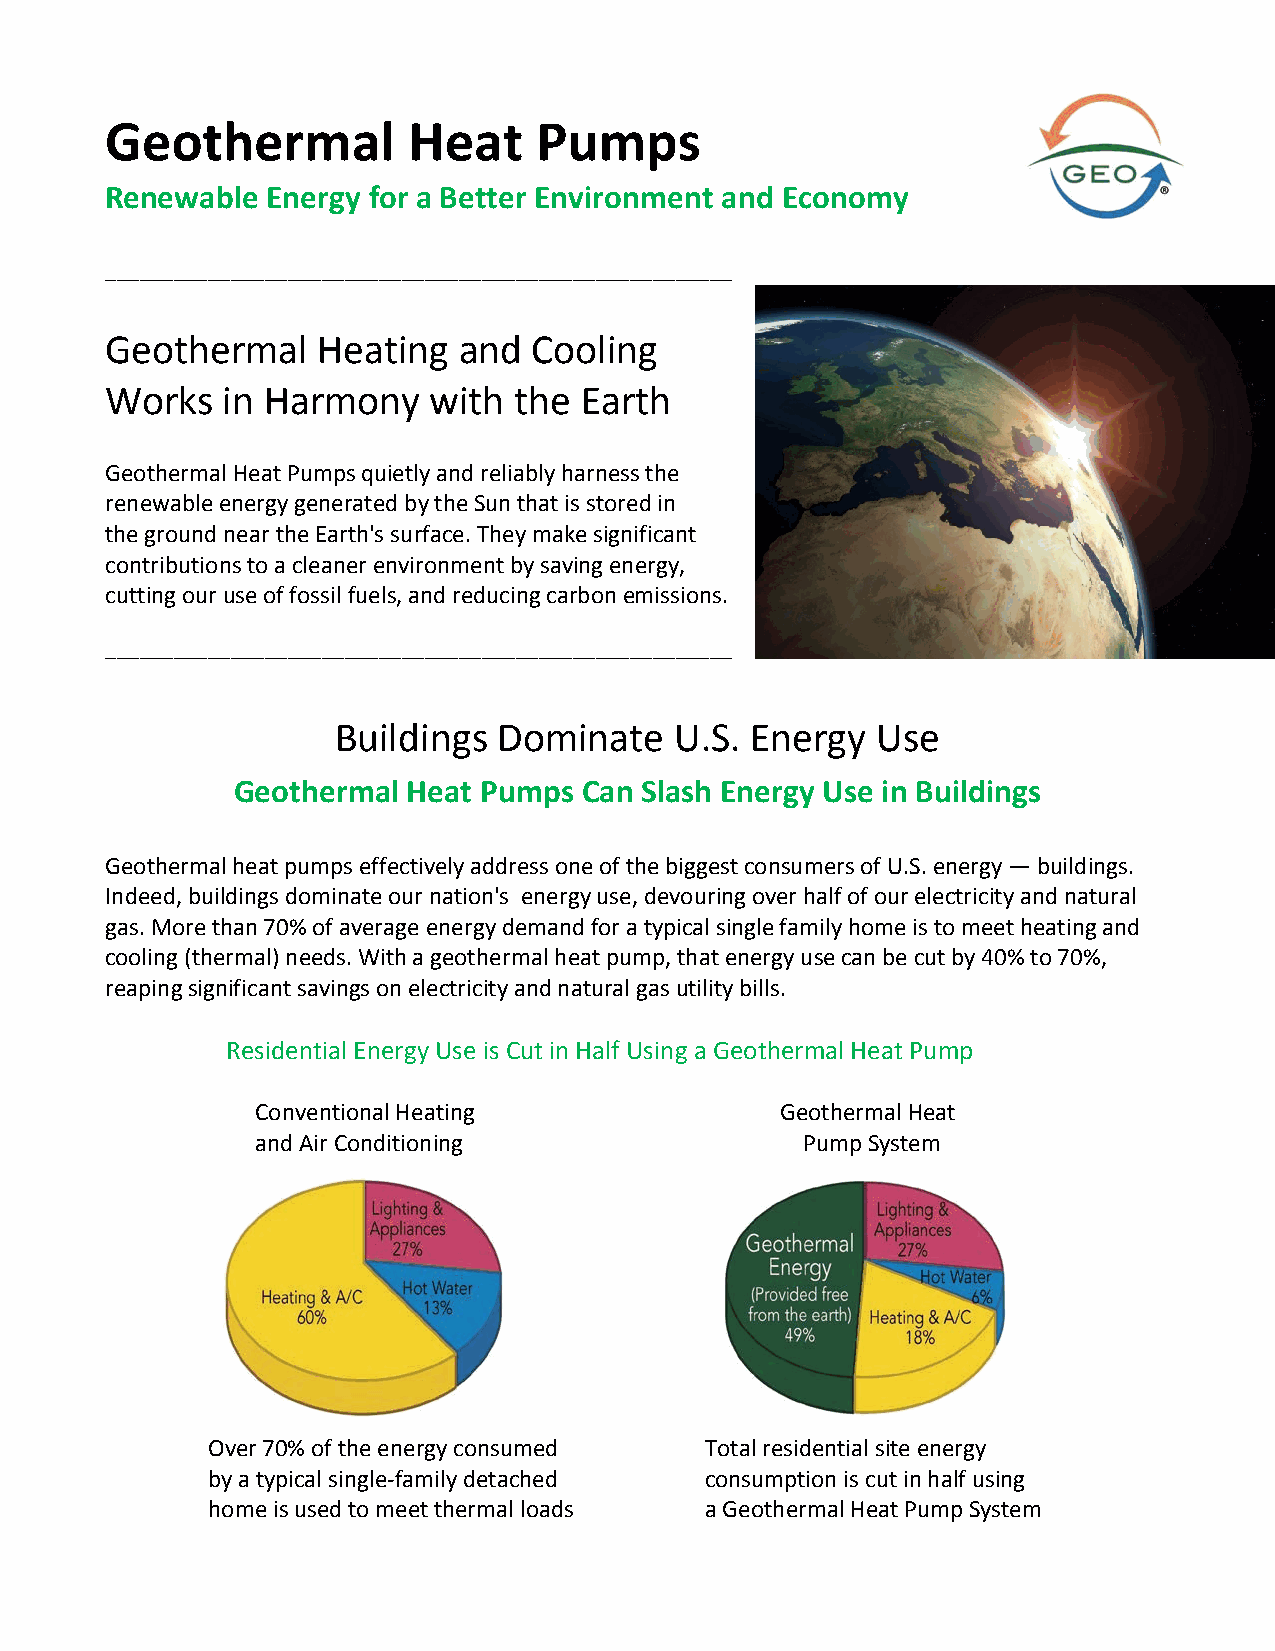
Geothermal          Heat     Pumps
 Renewable  Energy for a Better Environment and Economy
 _______________________________________________________
 Geothermal    Heating  and  Cooling
 Works   in Harmony   with  the Earth
 Geothermal Heat Pumps quietly and reliably harness the
 renewable energy generated by the Sun that is stored in
 the ground near the Earth's surface. They make significant
 contributions to a cleaner environment by saving energy,
 cutting our use of fossil fuels, and reducing carbon emissions.
 _______________________________________________________
 Buildings  Dominate    U.S. Energy  Use
 Geothermal  Heat Pumps  Can Slash Energy Use in Buildings
 Geothermal heat pumps effectively address one of the biggest consumers of U.S. energy — buildings.
 Indeed, buildings dominate our nation's energy use, devouring over half of our electricity and natural
 gas. More than 70% of average energy demand for a typical single family home is to meet heating and
 cooling (thermal) needs. With a geothermal heat pump, that energy use can be cut by 40% to 70%,
 reaping significant savings on electricity and natural gas utility bills.
 Residential Energy Use is Cut in Half Using a Geothermal Heat Pump
 Conventional Heating               Geothermal Heat
 and Air Conditioning                Pump System
 Over 70% of the energy consumed  Total residential site energy
 by a typical single-family detached consumption is cut in half using
 home is used to meet thermal loads a Geothermal Heat Pump System